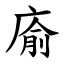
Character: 㢏